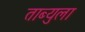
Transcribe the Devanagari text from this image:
ताब्युला